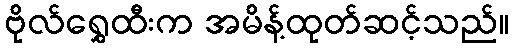
ဗိုလ်ရွှေထီးက အမိန့်ထုတ်ဆင့်သည်။